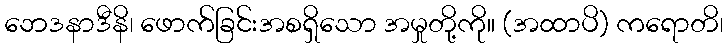
ဘေဒနာဒီနိ၊ ဖောက်ခြင်းအစရှိသော အမှုတို့ကို။ (အထာပိ) ကရောတိ၊